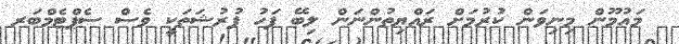
މައުމޫން މިނިވަން ކުރުމަށް ރައްޔިތުންނަން ލިބޭ ފަހު ފުރުޝަތަކީ ވެސް ސެޕްޓެމްބަރ